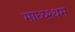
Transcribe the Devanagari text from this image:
माध्य्श्थम